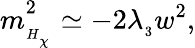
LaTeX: m_{_{H_{_{_\chi}}}}^{2}\simeq-2\lambda_{_3}w^{2},